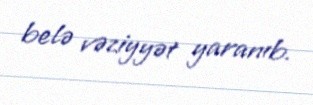
belə vəziyyət yaranıb.